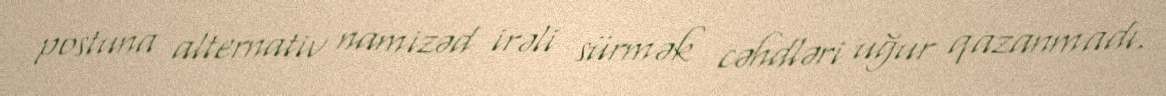
postuna alternativ namizəd irəli sürmək cəhdləri uğur qazanmadı.